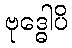
ဗုဒ္ဓေါပိ